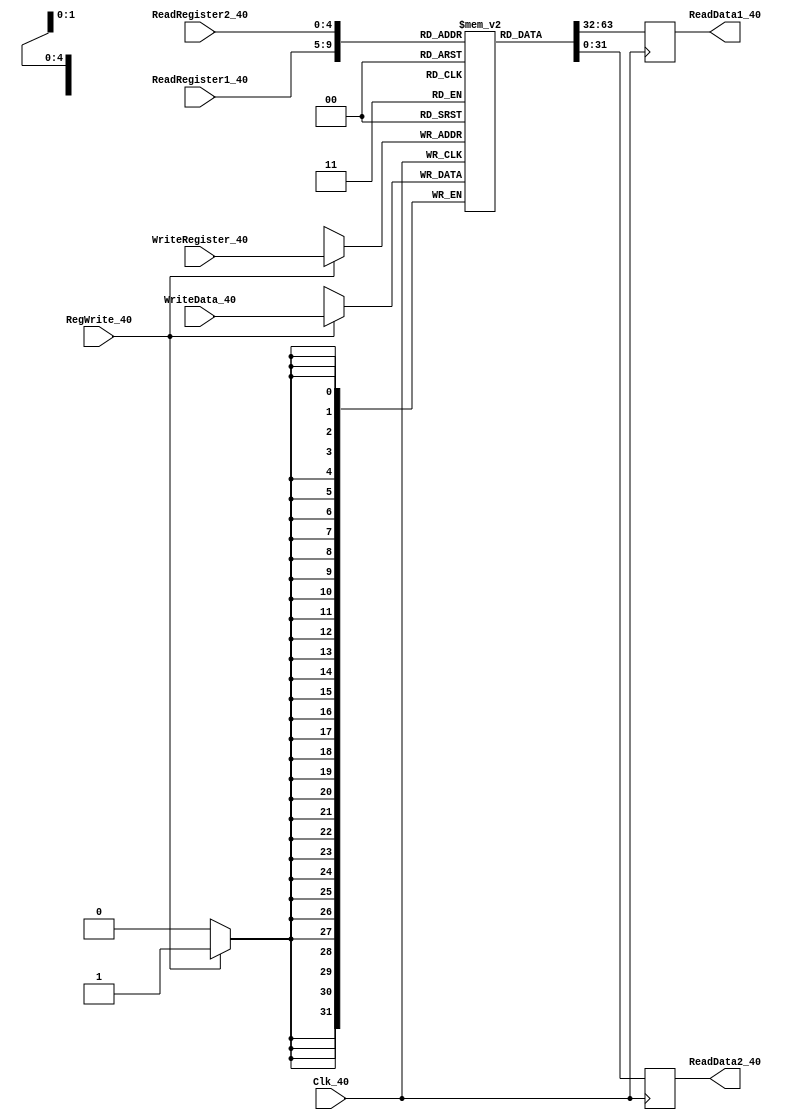
////////////////////////////////////////////////////////////////////////////////
// Description - Implements a register file with 32 32-Bit wide registers.
//
// INPUTS:-
// ReadRegister1: 5-Bit address to select a register to be read through 32-Bit
//                output port 'ReadRegister1'.
// ReadRegister2: 5-Bit address to select a register to be read through 32-Bit
//                output port 'ReadRegister2'.
// WriteRegister: 5-Bit address to select a register to be written through 32-Bit
//                input port 'WriteRegister'.
// WriteData: 32-Bit write input port.
// RegWrite: 1-Bit control input signal.
//
// OUTPUTS:-
// ReadData1: 32-Bit registered output.
// ReadData2: 32-Bit registered output.
//
////////////////////////////////////////////////////////////////////////////////

module RegisterFile(
	output reg [31:0] ReadData1_40,
	output reg [31:0] ReadData2_40,
	input [4:0] ReadRegister1_40,
	input [4:0] ReadRegister2_40,
	input [4:0] WriteRegister_40,
	input [31:0] WriteData_40,
	input RegWrite_40,
    input Clk_40
);

reg [31:0] Registers_40 [0:31];

initial
begin
    Registers_40[0] <= 32'h00000000;
    Registers_40[1] <= 32'h00000000;
    Registers_40[2] <= 32'h00000002;
    Registers_40[3] <= 32'h00000003;
    Registers_40[4] <= 32'h00000004;
    Registers_40[5] <= 32'h00000005;
    Registers_40[6] <= 32'h00000006;
    Registers_40[7] <= 32'h00000007;
    Registers_40[8] <= 32'h00000000;
    Registers_40[9] <= 32'h00000000;
    Registers_40[10] <= 32'h00000000;
    Registers_40[11] <= 32'h00000000;
    Registers_40[12] <= 32'h00000000;
    Registers_40[13] <= 32'h00000000;
    Registers_40[14] <= 32'h00000000;
    Registers_40[15] <= 32'h00000000;
    Registers_40[16] <= 32'h00000000;
    Registers_40[17] <= 32'h00000000;
    Registers_40[18] <= 32'h00000000;
    Registers_40[19] <= 32'h00000000;
    Registers_40[20] <= 32'h00000000;
    Registers_40[21] <= 32'h00000000;
    Registers_40[22] <= 32'h00000000;
    Registers_40[23] <= 32'h00000000;
    Registers_40[24] <= 32'h00000000;
    Registers_40[25] <= 32'h00000000;
    Registers_40[29] <= 32'd252; // this value should point to the top of data memory
    Registers_40[31] <= 32'b0;
end
	
	
always @(posedge Clk_40)
begin
    if (RegWrite_40 == 1)
    begin
        Registers_40[WriteRegister_40] <= WriteData_40;
    end
end
	
always @(negedge Clk_40)
begin
    ReadData1_40 <= Registers_40[ReadRegister1_40];
    ReadData2_40 <= Registers_40[ReadRegister2_40];
end
	
endmodule